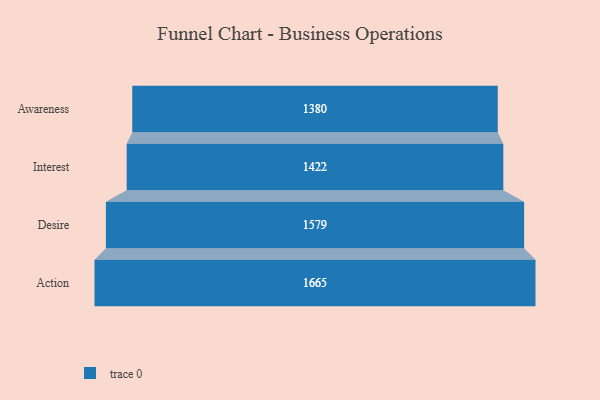
{"axis": {"x": "Stage", "y": "Value"}, "legend": [""], "data": [{"x": "Awareness", "y": 1380.0, "type": ""}, {"x": "Interest", "y": 1422.0, "type": ""}, {"x": "Desire", "y": 1579.0, "type": ""}, {"x": "Action", "y": 1665.0, "type": ""}]}